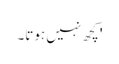
' کچھ نہیں ہوتا۔